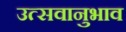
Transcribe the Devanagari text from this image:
उत्सवानुभाव